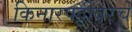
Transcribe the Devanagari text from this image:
किनारपट्टीवरचे